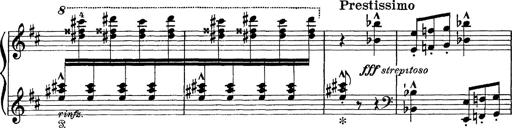
Title: Scherzo und Marsch
Composer: Franz Liszt